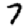
Digit: 7